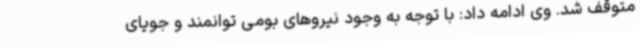
متوقف شد. وی ادامه داد: با توجه به وجود نیروهای بومی توانمند و جویای